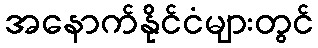
အနောက်နိုင်ငံများတွင်